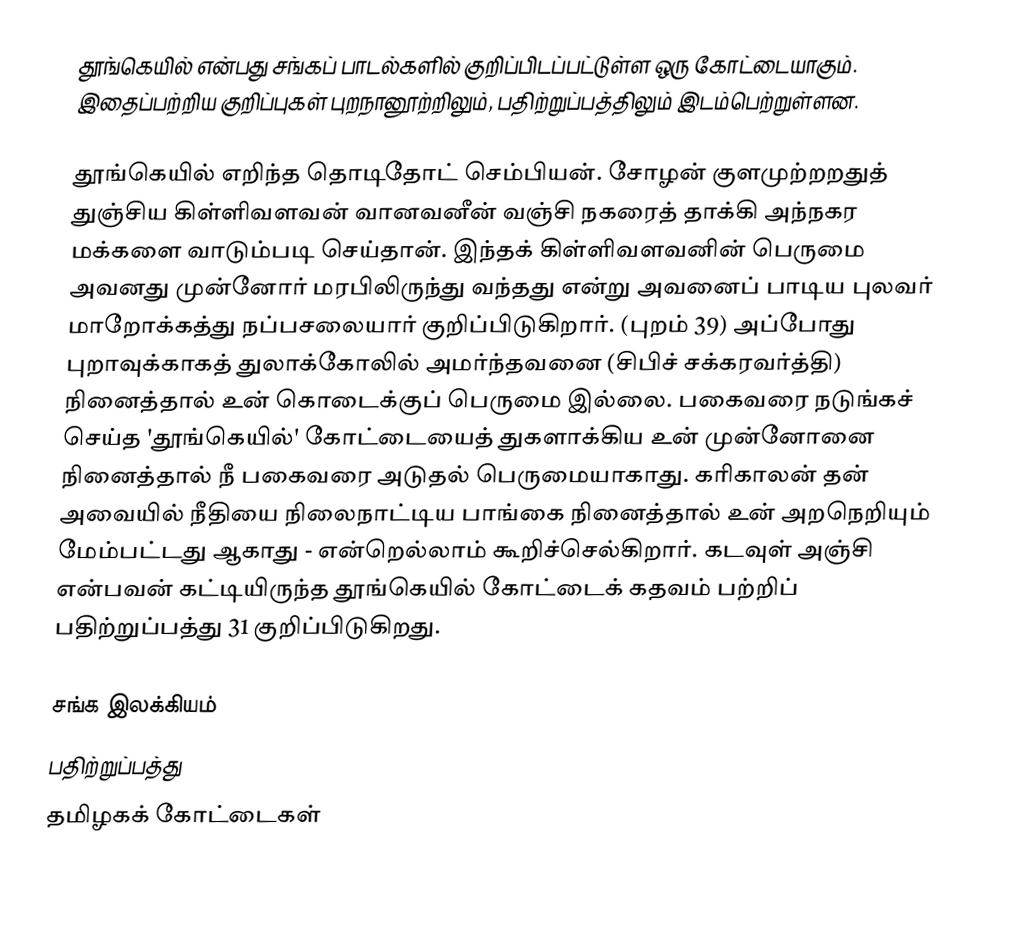
தூங்கெயில் என்பது சங்கப் பாடல்களில் குறிப்பிடப்பட்டுள்ள ஒரு கோட்டையாகும். இதைப்பற்றிய குறிப்புகள் புறநானூற்றிலும், பதிற்றுப்பத்திலும் இடம்பெற்றுள்ளன.

தூங்கெயில் எறிந்த தொடிதோட் செம்பியன்.  சோழன் குளமுற்றறதுத் துஞ்சிய கிள்ளிவளவன் வானவனீன் வஞ்சி நகரைத் தாக்கி அந்நகர மக்களை வாடும்படி செய்தான். இந்தக் கிள்ளிவளவனின் பெருமை அவனது முன்னோர் மரபிலிருந்து வந்தது என்று அவனைப் பாடிய புலவர் மாறோக்கத்து நப்பசலையார் குறிப்பிடுகிறார். (புறம் 39)  அப்போது புறாவுக்காகத் துலாக்கோலில் அமர்ந்தவனை (சிபிச் சக்கரவர்த்தி) நினைத்தால் உன் கொடைக்குப் பெருமை இல்லை.  பகைவரை நடுங்கச் செய்த 'தூங்கெயில்' கோட்டையைத் துகளாக்கிய உன் முன்னோனை நினைத்தால் நீ பகைவரை அடுதல் பெருமையாகாது.  கரிகாலன் தன் அவையில் நீதியை நிலைநாட்டிய பாங்கை நினைத்தால் உன் அறநெறியும் மேம்பட்டது ஆகாது - என்றெல்லாம் கூறிச்செல்கிறார். கடவுள் அஞ்சி என்பவன் கட்டியிருந்த தூங்கெயில் கோட்டைக் கதவம் பற்றிப் பதிற்றுப்பத்து 31 குறிப்பிடுகிறது.

சங்க இலக்கியம்
பதிற்றுப்பத்து
தமிழகக் கோட்டைகள்